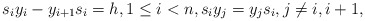
\begin{gather*} s_i y_i - y_{i+1} s_i = h, 1 \le i < n, s_i y_j =y_j s_i, j \not= i,i+1,\end{gather*}